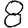
Digit: 8